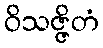
ဝိသဇ္ဇိတံ